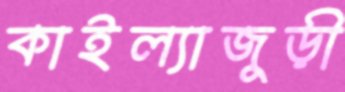
কাইল্যাজুড়ী